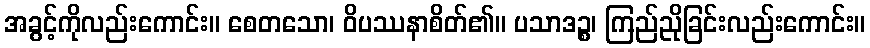
အခွင့်ကိုလည်းကောင်း။ စေတသော၊ ဝိပဿနာစိတ်၏။ ပသာဒဉ္စ၊ ကြည်ညိုခြင်းလည်းကောင်း။